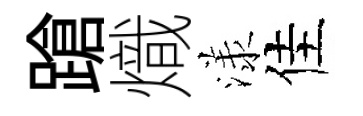
蹌熾漾佳